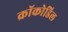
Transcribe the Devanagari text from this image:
क्रॉकोडिल